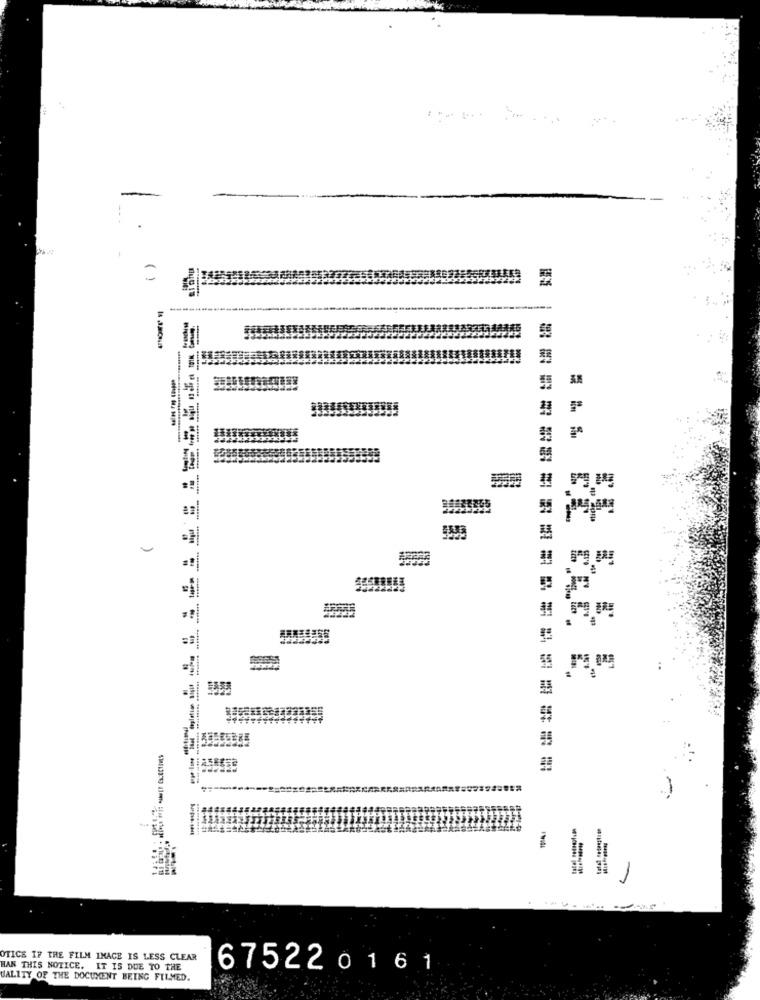
------
----
----
==================
OTICS IF THE FILM IMAGE IS LESS CLEAR
HAN THIS NOTICE. IT IS DUE TO THE
675220161
UALITY OF THE DOCUMENT BEING FILMED.